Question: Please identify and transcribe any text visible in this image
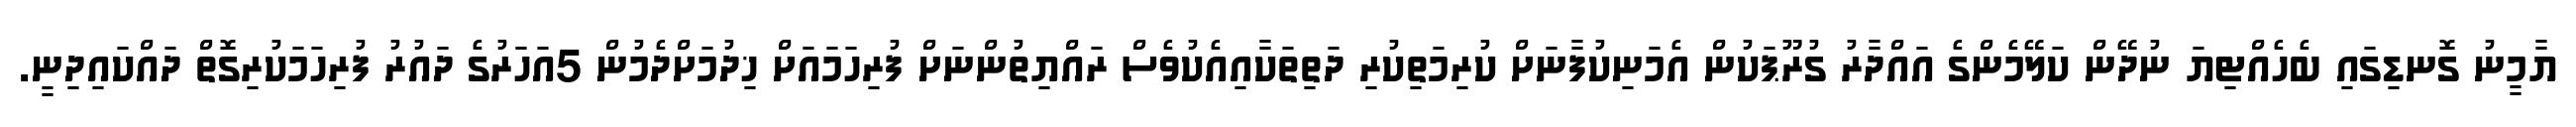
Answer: ޔާމީނު ގޮނޑިގައި ބެހެއްޓިޔަ ނުދޭން ކަލޭމެންގެ އައްދާރު ގުރޫޕަކުން އެމަނިކުފާނަށް ކުރިމަތިކުރި ދަތިތަކާއިއެކުވެސް ރައްޔިތުންނަށް ފުރިހަމައަށް ޚިދުމަށްދެމުން 5އަހަރުގެ ދައުރު ފުރިހަމަކުރިގޮތް ދައްކައިދިނީ.